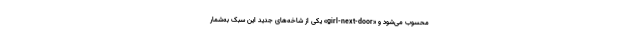
محسوب می‌شود و «girl-next-door» یکی از شاخه‌های جدید این سبک به‌شمار